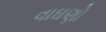
વાઘણો